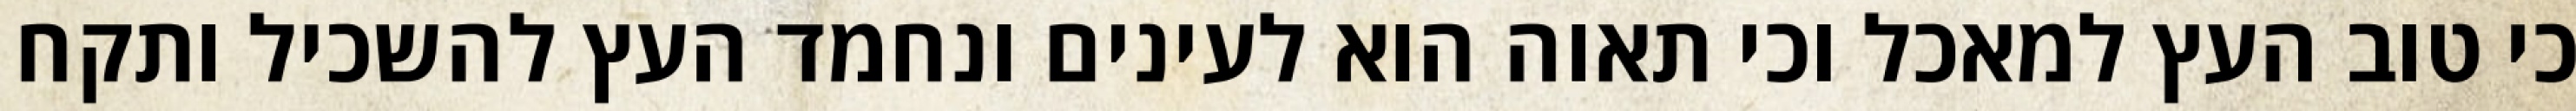
כי טוב העץ למאכל וכי תאוה הוא לעינים ונחמד העץ להשכיל ותקח